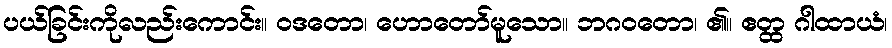
ပယ်ခြင်းကိုလည်းကောင်း။ ဝဒတော၊ ဟောတော်မူသော။ ဘဂဝတော၊ ၏။ ဧတ္ထ ဂါထာယံ၊